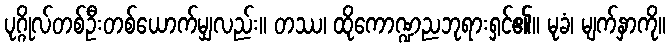
ပုဂ္ဂိုလ်တစ်ဦးတစ်ယောက်မျှလည်း။ တဿ၊ ထိုကောဏ္ဍညဘုရားရှင်၏။ မုခံ၊ မျက်နှာကို။